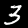
Digit: 3